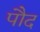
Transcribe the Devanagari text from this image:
पौद